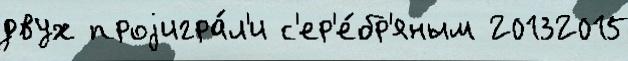
двух проjигра́л'и с'ер'е́бр'яным 20132015